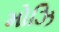
મોઝિ